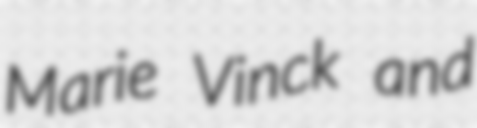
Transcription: Marie Vinck and